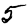
Digit: 5